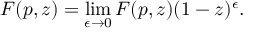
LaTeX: F ( p , z ) = \operatorname * { l i m } _ { \epsilon \rightarrow 0 } F ( p , z ) ( 1 - z ) ^ { \epsilon } .